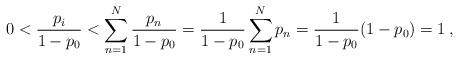
LaTeX: \begin{align*}0<\frac{p_i}{1-p_0}< \sum_{n=1}^N\frac{p_n}{1-p_0}=\frac{1}{1-p_0}\sum_{n=1}^Np_n=\frac{1}{1-p_0}(1-p_0)=1\:,\end{align*}